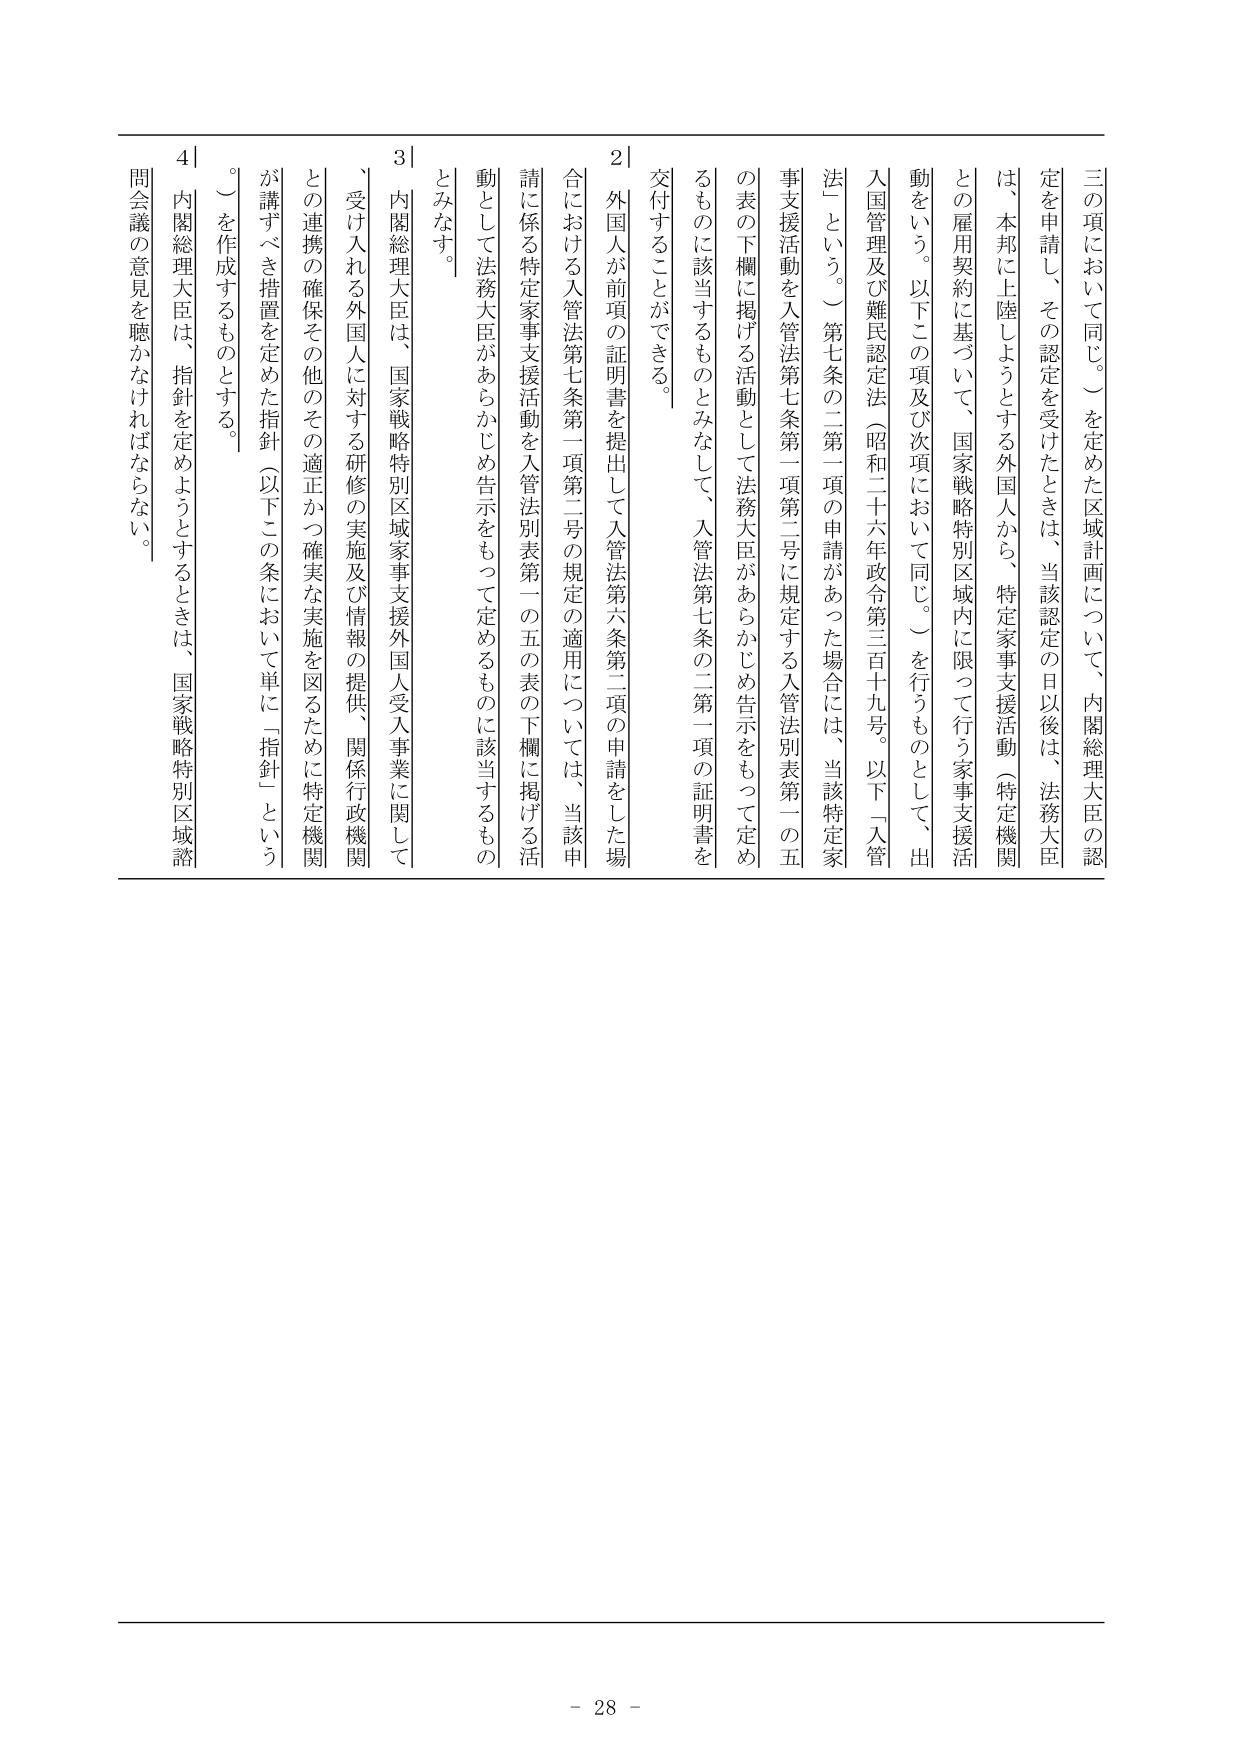
三の項において同じ。）を定めた区域計画について、内閣総理大臣の認定を申請し、その認定を受けたときは、当該認定の日以後は、法務大臣は、本邦に上陸しようとする外国人から、特定家事支援活動（特定機関との雇用契約に基づいて、国家戦略特別区域内に限って行う家事支援活動をいう。以下この項及び次項において同じ。）を行うものとして、出入国管理及び難民認定法（昭和二十六年政令第三百十九号。以下「入管法」という。）第七条の二第一項の申請があった場合には、当該特定家事支援活動を入管法第七条第一項第二号に規定する入管法別表第一の五の表の下欄に掲げる活動として法務大臣があらかじめ告示をもって定めるものに該当するものとみなして、入管法第七条の二第一項の証明書を交付することができる。

２　外国人が前項の証明書を提出して入管法第六条第二項の申請をした場合における入管法第七条第一項第二号の規定の適用については、当該申請に係る特定家事支援活動を入管法別表第一の五の表の下欄に掲げる活動として法務大臣があらかじめ告示をもって定めるものに該当するものとみなす。

３　内閣総理大臣は、国家戦略特別区域家事支援外国人受入事業に関して、受け入れる外国人に対する研修の実施及び情報の提供、関係行政機関との連携の確保その他のその適正かつ確実な実施を図るために特定機関が講ずべき措置を定めた指針（以下この条において単に「指針」という。）を作成するものとする。

４　内閣総理大臣は、指針を定めようとするときは、国家戦略特別区域諮問会議の意見を聴かなければならない。

- 28 -